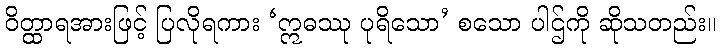
ဝိတ္ထာရအားဖြင့် ပြလိုရကား ‘ဣဓဿု ပုရိသော’ စသော ပါဌ်ကို ဆိုသတည်း။